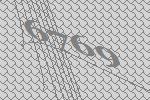
6769